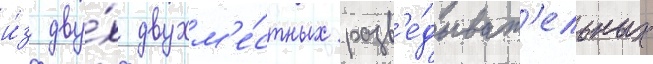
и́з дву́х двухм'е́стных разв'е́дыват'ельных